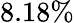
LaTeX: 8.18\%